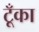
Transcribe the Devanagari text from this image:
टूँका